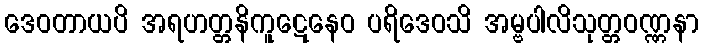
ဒေဝတာယပိ အရဟတ္တနိကူဋေနေဝ ပရိဒေဝသိ အမ္ဗပါလိသုတ္တဝဏ္ဏနာ